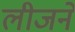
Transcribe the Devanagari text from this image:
लीजने